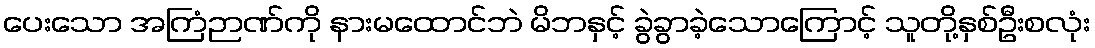
ပေးသော အကြံဉာဏ်ကို နားမထောင်ဘဲ မိဘနှင့် ခွဲခွာခဲ့သောကြောင့် သူတို့နှစ်ဦးစလုံး